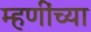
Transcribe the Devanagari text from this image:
म्हणींच्या